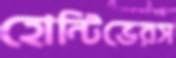
হোন্টিভেরস